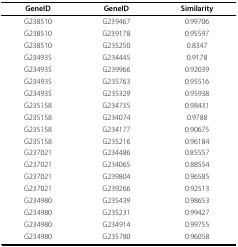
<table><thead><tr><td><b>GeneID</b></td><td><b>GeneID</b></td><td><b>Similarity</b></td></tr></thead><tbody><tr><td>G238510</td><td>G239467</td><td>0.99706</td></tr><tr><td>G238510</td><td>G239178</td><td>0.95597</td></tr><tr><td>G238510</td><td>G235250</td><td>0.8347</td></tr><tr><td>G234935</td><td>G234445</td><td>0.9178</td></tr><tr><td>G234935</td><td>G239966</td><td>0.92039</td></tr><tr><td>G234935</td><td>G235763</td><td>0.95516</td></tr><tr><td>G234935</td><td>G235329</td><td>0.95938</td></tr><tr><td>G235158</td><td>G234735</td><td>0.98431</td></tr><tr><td>G235158</td><td>G234074</td><td>0.9788</td></tr><tr><td>G235158</td><td>G234177</td><td>0.90675</td></tr><tr><td>G235158</td><td>G235216</td><td>0.96184</td></tr><tr><td>G237021</td><td>G234486</td><td>0.85557</td></tr><tr><td>G237021</td><td>G234065</td><td>0.88554</td></tr><tr><td>G237021</td><td>G239804</td><td>0.96585</td></tr><tr><td>G237021</td><td>G239266</td><td>0.92513</td></tr><tr><td>G234980</td><td>G235439</td><td>0.98653</td></tr><tr><td>G234980</td><td>G235231</td><td>0.99427</td></tr><tr><td>G234980</td><td>G234914</td><td>0.99755</td></tr><tr><td>G234980</td><td>G235780</td><td>0.96058</td></tr></tbody></table>